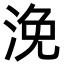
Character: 浼